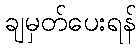
ချမှတ်ပေးရန်